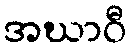
အဃာဝီ